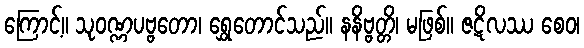
ကြောင့်။ သုဝဏ္ဏပဗ္ဗတော၊ ရွှေတောင်သည်။ နနိဗ္ဗတ္တိ၊ မဖြစ်။ ဇဋိလဿ စေဝ၊